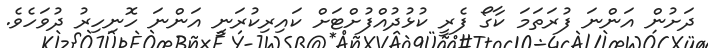
ދަށުން އަންނަ ފުރަތަމަ ކާގޯ ފެރީ ކުޅުދުއްފުށްޓަށް ކައިރިކުރަނީ އަންނަ ހޮނިހިރު ދުވަހެވެ.